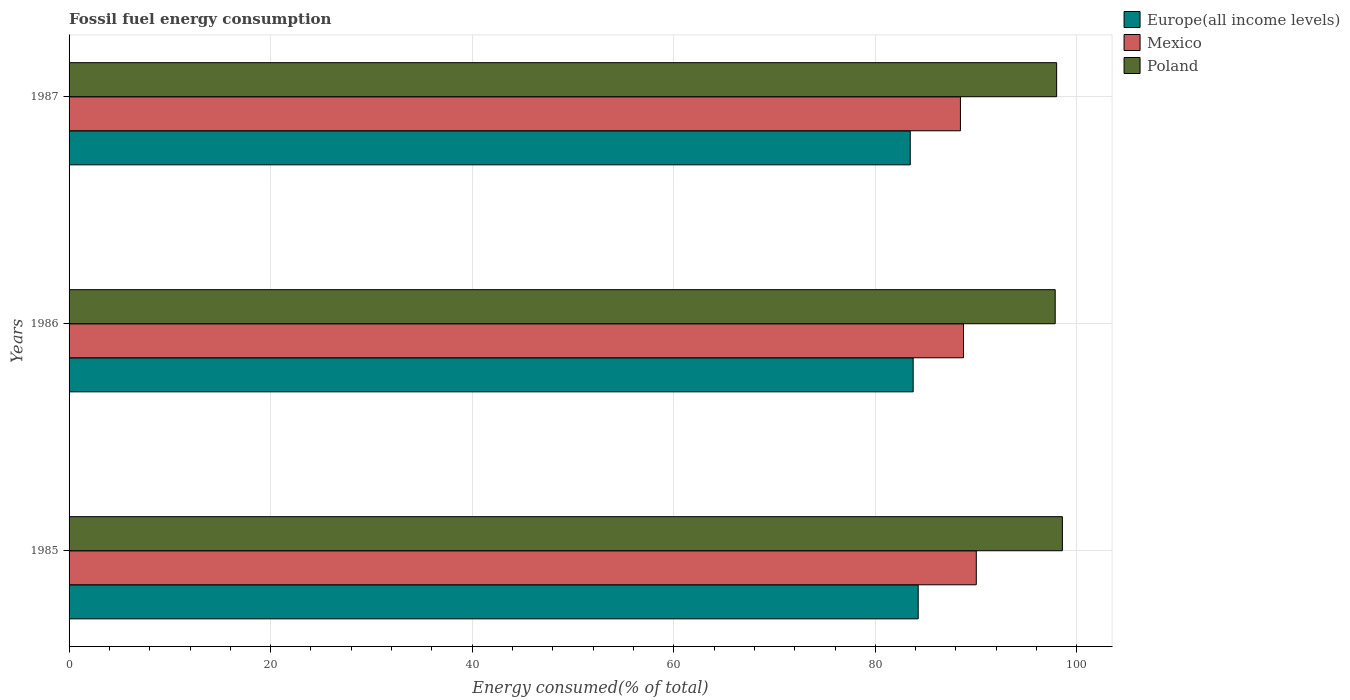
| Years | Europe(all income levels) | Mexico | Poland |
 | --- | --- | --- | --- |
 | 1985 | 84.3 | 90 | 98.6 |
 | 1986 | 83.8 | 88.7 | 97.8 |
 | 1987 | 83.5 | 88.4 | 98 |